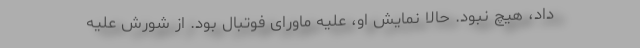
داد، هیچ نبود. حالا نمایش او، علیه ماورای فوتبال بود. از شورش علیه